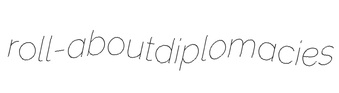
roll-about diplomacies